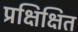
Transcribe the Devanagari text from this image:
प्रक्षिक्षित